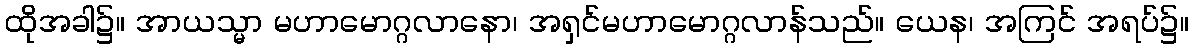
ထိုအခါ၌။ အာယသ္မာ မဟာမောဂ္ဂလာနော၊ အရှင်မဟာမောဂ္ဂလာန်သည်။ ယေန၊ အကြင် အရပ်၌။